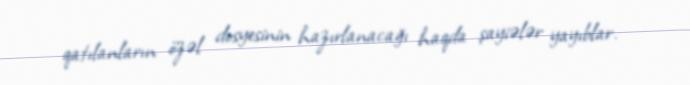
qatılanların özəl dosyesinin hazırlanacağı haqda şayiələr yayıblar.